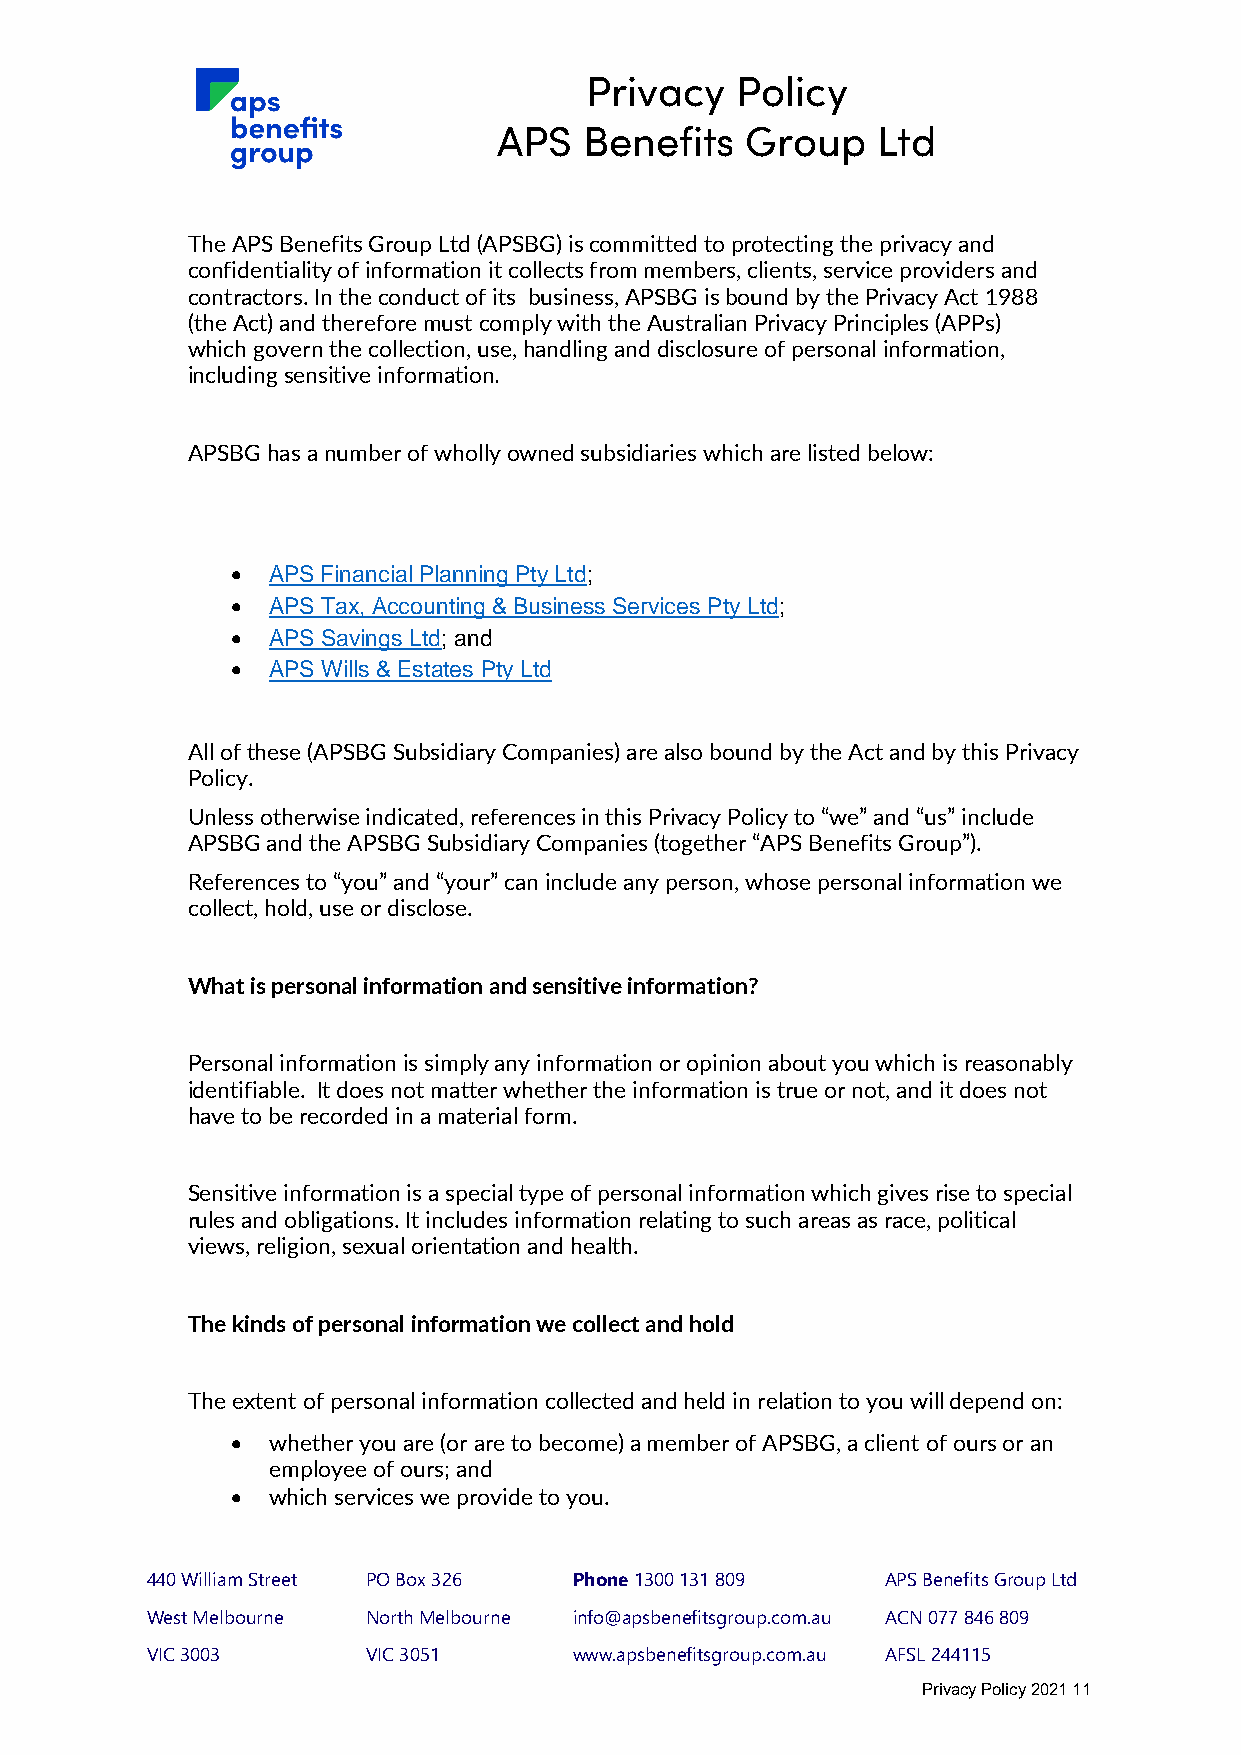
Privacy   Policy
 APS   Benefits  Group    Ltd
 The APS Benefits Group Ltd (APSBG) is committed to protecting the privacy and
 confidentiality of information it collects from members, clients, service providers and
 contractors. In the conduct of its business, APSBG is bound by the Privacy Act 1988
 (the Act) and therefore must comply with the Australian Privacy Principles (APPs)
 which govern the collection, use, handling and disclosure of personal information,
 including sensitive information.
 APSBG has a number of wholly owned subsidiaries which are listed below:
 •  APS Financial Planning Pty Ltd;
 •  APS Tax, Accounting & Business Services Pty Ltd;
 •  APS Savings Ltd; and
 •  APS Wills & Estates Pty Ltd
 All of these (APSBG Subsidiary Companies) are also bound by the Act and by this Privacy
 Policy.
 Unless otherwise indicated, references in this Privacy Policy to “we” and “us” include
 APSBG and the APSBG Subsidiary Companies (together “APS Benefits Group”).
 References to “you” and “your” can include any person, whose personal information we
 collect, hold, use or disclose.
 What is personal information and sensitive information?
 Personal information is simply any information or opinion about you which is reasonably
 identifiable. It does not matter whether the information is true or not, and it does not
 have to be recorded in a material form.
 Sensitive information is a special type of personal information which gives rise to special
 rules and obligations. It includes information relating to such areas as race, political
 views, religion, sexual orientation and health.
 The kinds of personal information we collect and hold
 The extent of personal information collected and held in relation to you will depend on:
 •  whether you are (or are to become) a member of APSBG, a client of ours or an
 employee of ours; and
 •  which services we provide to you.
 440 William Street PO Box 326 Phone 1300 131 809 APS Benefits Group Ltd
 West Melbourne North Melbourne info@apsbenefitsgroup.com.au ACN 077 846 809
 VIC 3003      VIC 3051      www.apsbenefitsgroup.com.au AFSL 244115
 Privacy Policy 2021 11